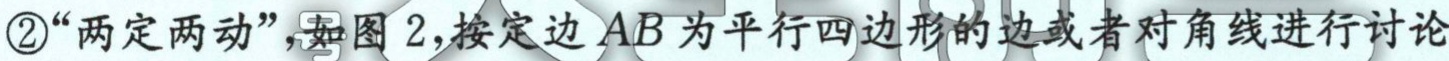
\textcircled{2}“两定两动”，如图 2，按定边 \(AB\) 为平行四边形的边或者对角线进行讨论